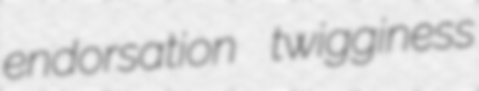
endorsation twigginess